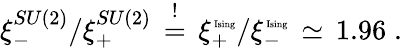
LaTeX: \xi_{-}^{SU(2)}/\xi_{+}^{SU(2)}\, \stackrel{!}{=}\, \xi_{+}^{\mathrm{\tiny~Ising}}/\xi_{-}^{\mathrm{\tiny~Ising}}\, \simeq\, 1.96\; .